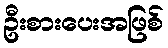
ဦးစားပေးအဖြစ်